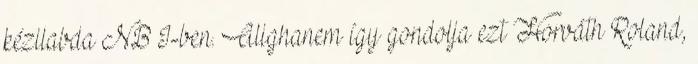
kézilabda NB I-ben. Alighanem így gondolja ezt Horváth Roland,